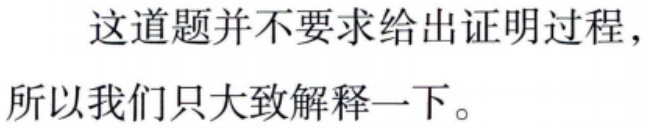
这道题并不要求给出证明过程，
所以我们只大致解释一下。